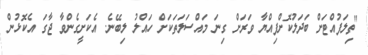
"ތިލަފުއްޓަށް ބަދަލުކޮށްފިއްޔާ ވަރަށް ގިނަ މައްސަލަތަކަށް ހައްލު ލިބޭނެ. އެކަށީގެންވާ ޖާގަ އެކޮޅުން